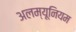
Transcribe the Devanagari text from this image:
अलम्यूनियम